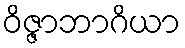
ဝိဇ္ဇာဘာဂိယာ